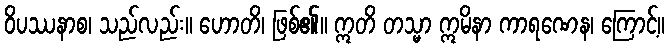
ဝိပဿနာစ၊ သည်လည်း။ ဟောတိ၊ ဖြစ်၏။ ဣတိ တသ္မာ ဣမိနာ ကာရဏေန၊ ကြောင့်။